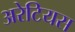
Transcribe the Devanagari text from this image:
अरेटियस